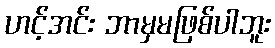
ဟင့်အင်း ဘာမှမဖြစ်ပါဘူး